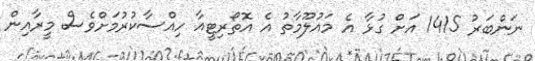
ނަންބަރު 1415 އަށް ގުޅާ އެ މައުލޫމާތު އެ އޮތޯރިޓީއާ ހިއްސާކުރުމަށްވެސް މީރާއިން